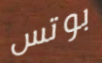
بوتس